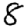
Digit: 8